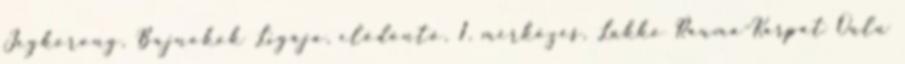
Jégkorong, Bajnokok Ligája, elődöntő, 1. mérkőzés, Lukko Rauma-Karpat Oulu